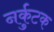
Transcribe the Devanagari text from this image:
नर्कुटक